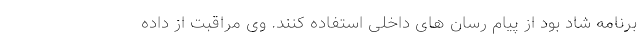
برنامه شاد بود از پیام رسان های داخلی استفاده کنند. وی مراقبت از داده